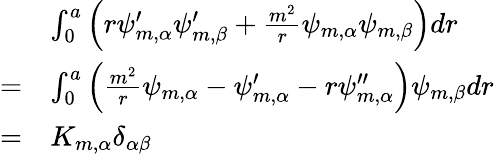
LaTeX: \begin{array}{rl}&{\int_{0}^{a}\left(r\psi_{m,\alpha}^{\prime}\psi_{m,\beta}^{\prime}+\frac{m^{2}}{r}\psi_{m,\alpha}\psi_{m,\beta}\right)dr}\\ {=}&{\int_{0}^{a}\left(\frac{m^{2}}{r}\psi_{m,\alpha}-\psi_{m,\alpha}^{\prime}-r\psi_{m,\alpha}^{\prime\prime}\right)\psi_{m,\beta}dr}\\ {=}&{K_{m,\alpha}\delta_{\alpha\beta}}\end{array}